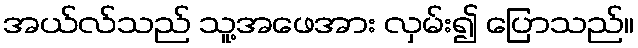
အယ်လ်သည် သူ့အဖေအား လှမ်း၍ ပြောသည်။